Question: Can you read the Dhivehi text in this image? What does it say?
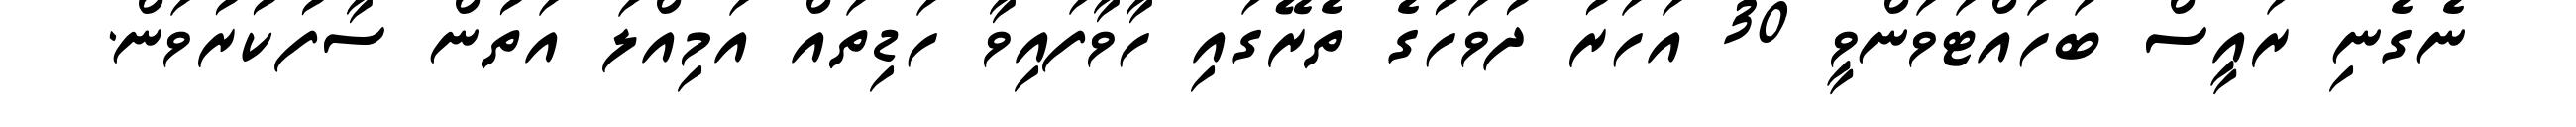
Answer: ނެގެނި ރައީސް ބަހައްޓަވަންވީ 30 އަހަރު ދުވަހުގެ ތެރޭގައި ހާވާފައިވާ ހަޑިތައް އަމިއްލަ އަތުން ސާފުކުރުވަން.